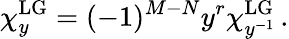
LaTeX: \chi_{y}^{\mathrm{LG}}=(-1)^{M-N}y^{r}\chi_{y^{-1}}^{\mathrm{LG}}\, .